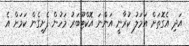
އަދި އެގޮތަށް އަމަލު ކުރާނީ އަންނަ އޮކްޓޫބަރު މަހުން ފެށިގެން ކަމަށް އެ